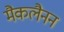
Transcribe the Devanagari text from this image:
मैकलैनन